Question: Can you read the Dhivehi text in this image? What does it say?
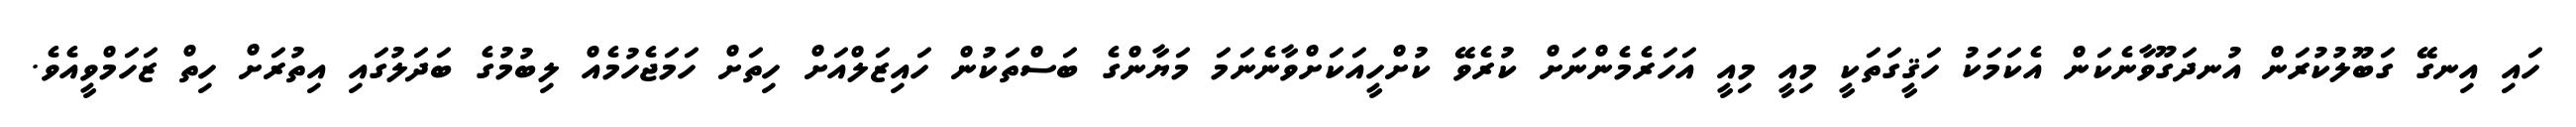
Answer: ހައި އިނގޭ ގަބޫލުކުރަން އުނދަގޫވާނެކަން އެކަމަކު ހަޤީގަތަކީ މިއީ މިއީ އަހަރެމެންނަށް ކުރެވޭ ކުށްހީއަކަށްވާނެނަމަ މަޔާންގެ ބަސްތަކުން ހައިޒަލްއަށް ހިތަށް ހަމަޖެހުމެއް ލިބުމުގެ ބަދަލުގައި އިތުރަށް ހިތް ޒަހަމްވީއެވެ.